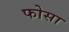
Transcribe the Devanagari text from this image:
फोसा